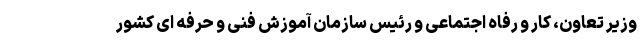
وزیر تعاون، کار و رفاه اجتماعی و رئیس سازمان آموزش فنی و حرفه ای کشور